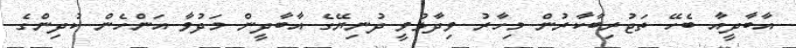
އާބާދީއާ ބެހޭ ތަޖުރިބާކާރުން މިހާރު ވިދާޅުވީ ދުނިޔޭގެ އާބާދީން މަދުވާ އަންހެން ކުދިންގެ